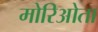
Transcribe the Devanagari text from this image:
मोरिओता